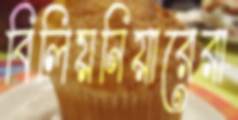
বিলিয়নিয়ারেরা